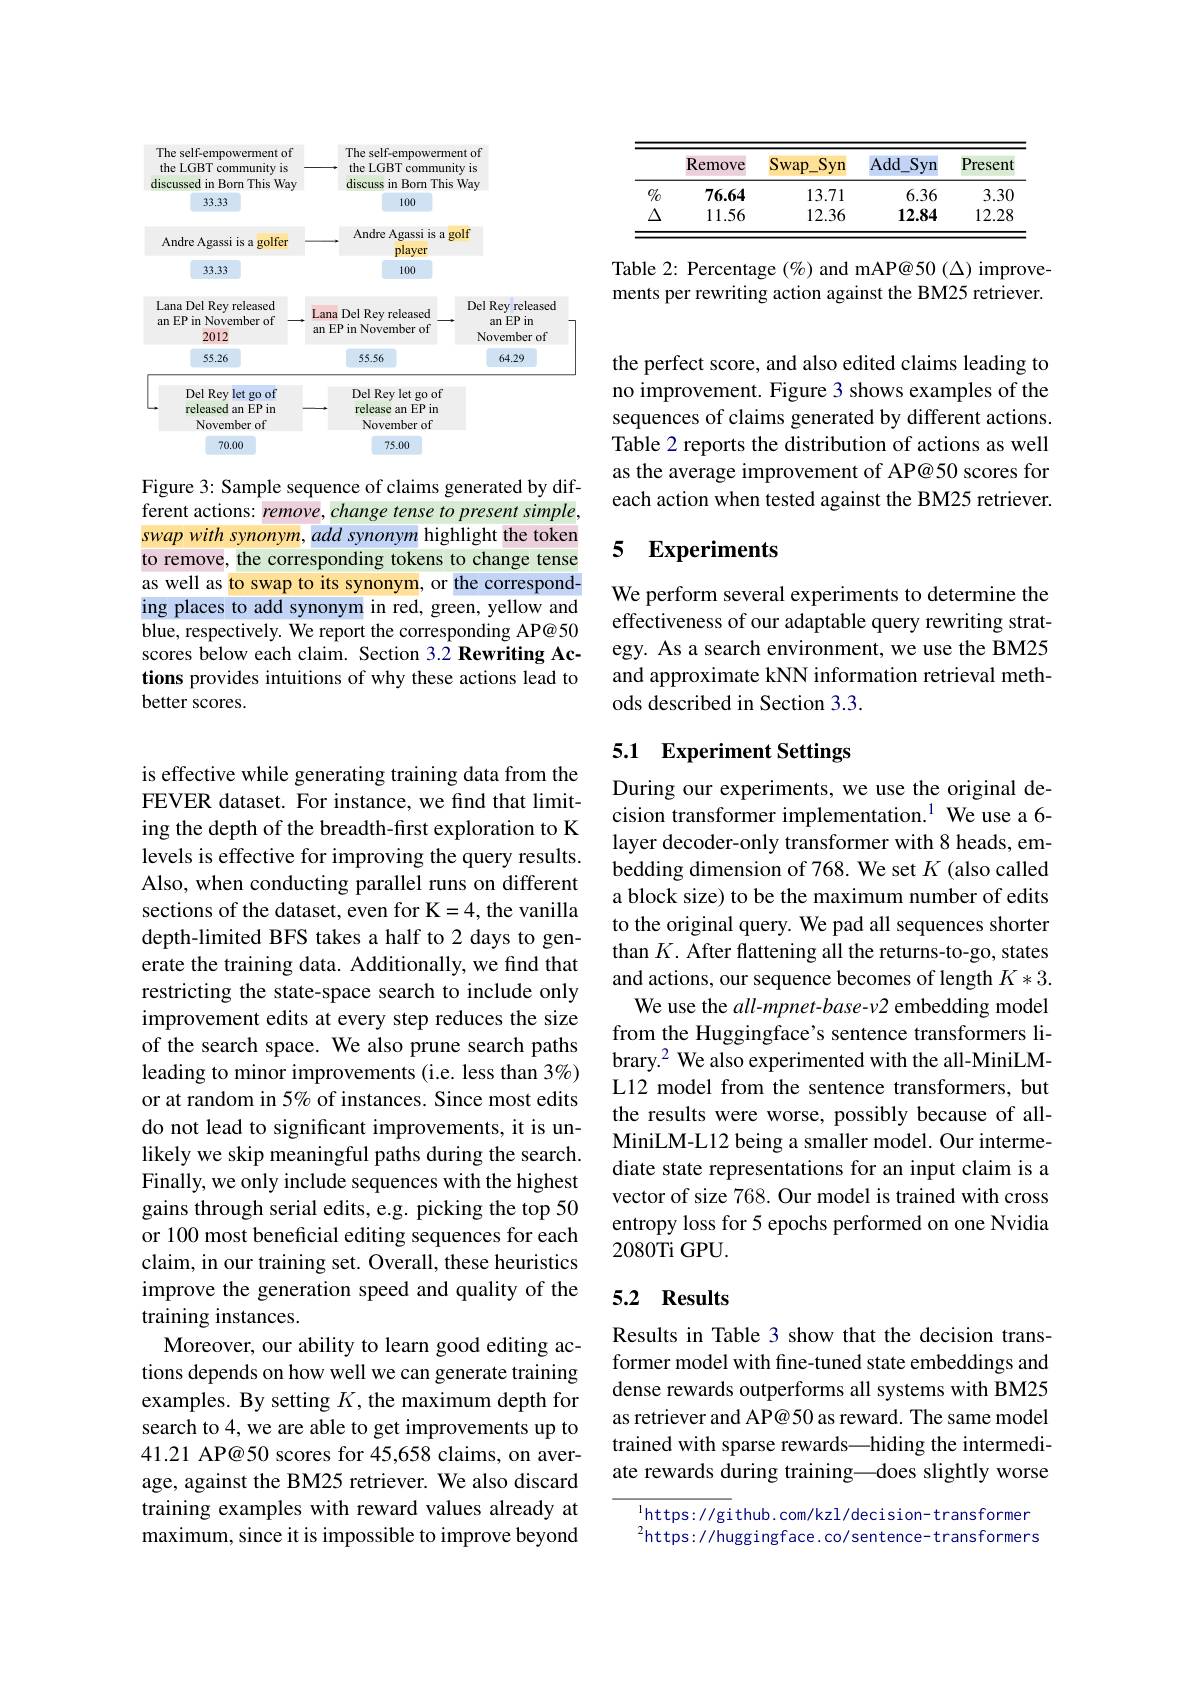
<FigureHere>

Figure 3: Sample sequence of claims generated by different actions: remove, change tense to present simple, swap with synonym, add synonym highlight the token to remove, the corresponding tokens to change tense as well as to swap to its synonym, or the corresponding places to add synonym in red, green, yellow and blue, respectively. We report the corresponding AP@50 scores below each claim. Section 3.2 Rewriting Actions provides intuitions of why these actions lead to better scores.

is effective while generating training data from the FEVER dataset. For instance, we find that limiting the depth of the breadth-first exploration to K levels is effective for improving the query results. Also, when conducting parallel runs on different sections of the dataset, even for K=4, the vanilla depth-limited BFS takes a half to 2 days to generate the training data. Additionally, we find that restricting the state-space search to include only improvement edits at every step reduces the size of the search space. We also prune search paths leading to minor improvements (i.e. less than 3%) or at random in 5% of instances. Since most edits do not lead to significant improvements, it is unlikely we skip meaningful paths during the search. Finally, we only include sequences with the highest gains through serial edits, e.g. picking the top 50 or 100 most beneficial editing sequences for each claim, in our training set. Overall, these heuristics improve the generation speed and quality of the training instances.
Moreover, our ability to learn good editing actions depends on how well we can generate training examples. By setting $K$, the maximum depth for search to 4, we are able to get improvements up to 41.21 AP@50 scores for 45,658 claims, on average, against the BM25 retriever. We also discard training examples with reward values already at maximum, since it is impossible to improve beyond

<table>
	<tbody>
		<tr>
			<th> </th>
			<th>Remove</th>
			<th>$Sr$ $swap\_Syn$</th>
			<th>$Add\_Syn$</th>
			<th>Presen</th>
		</tr>
		<tr>
			<td>0/0</td>
			<td>76.64</td>
			<td>13.71</td>
			<td>6.36</td>
			<td>3.3C</td>
		</tr>
		<tr>
			<td>$\Delta$</td>
			<td>11.56</td>
			<td>12.36</td>
			<td>12.84</td>
			<td>12.28</td>
		</tr>
	</tbody>
</table>

Table 2: Percentage $(\%)$ and mAP@50(Δ) improvements per rewriting action against the BM25 retriever.

the perfect score, and also edited claims leading to no improvement. Figure 3 shows examples of the sequences of claims generated by different actions. Table 2 reports the distribution of actions as well as the average improvement of AP@50 scores for each action when tested against the BM25 retriever.

### 5 Experiments

We perform several experiments to determine the effectiveness of our adaptable query rewriting strategy. As a search environment, we use the BM25 and approximate kNN information retrieval methods described in Section 3.3.

## 5.1 Experiment Settings

During our experiments, we use the original decision transformer implementation.$^{1}$ We use a 6- layer decoder-only transformer with 8 heads, embedding dimension of 768. We set $K$ (also called a block size) to be the maximum number of edits to the original query. We pad all sequences shorter than $K.$ After flattening all the returns-to-go, states and actions, our sequence becomes of length $K*3.$
We use the all-mpnet-base-v2 embedding model from the Huggingface's sentence transformers library.$^2$ We also experimented with the all-MiniLML12 model from the sentence transformers, but the results were worse, possibly because of allMiniLM-L12 being a smaller model. Our intermediate state representations for an input claim is a vector of size 768. Our model is trained with cross entropy loss for 5 epochs performed on one Nvidia 2080Ti GPU.

# 5.2 Results

Results in Table 3 show that the decision transformer model with fine-tuned state embeddings and dense rewards outperforms all systems with BM25 as retriever and AP@50 as reward. The same model trained with sparse rewards—hiding the intermediate rewards during training—does slightly worse

$^{1}$https: / / github. com/ kzl/ decision- transformer $^{2}$https://huggingface.co/sentence-transformers